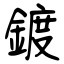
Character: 鍍